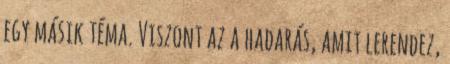
egy másik téma. Viszont az a hadarás, amit lerendez,